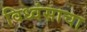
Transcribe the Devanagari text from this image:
विध्वंसाचा